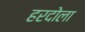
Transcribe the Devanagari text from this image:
हरदोला